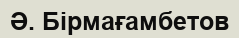
Ә. Бірмағамбетов